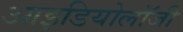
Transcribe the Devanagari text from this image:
आइडियोलॉजी